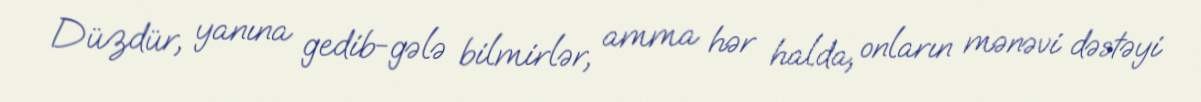
Düzdür, yanına gedib-gələ bilmirlər, amma hər halda, onların mənəvi dəstəyi